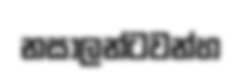
නසාලන්ටවන්හ